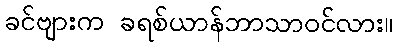
ခင်ဗျားက ခရစ်ယာန်ဘာသာဝင်လား။